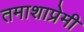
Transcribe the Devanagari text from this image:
तमाशाप्रेमी